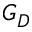
G _ { D }